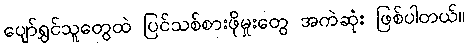
ပျော်ရွှင်သူတွေထဲ ပြင်သစ်စားဖိုမှုးတွေ အကဲဆုံး ဖြစ်ပါတယ်။